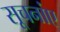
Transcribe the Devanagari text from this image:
सूचनांए